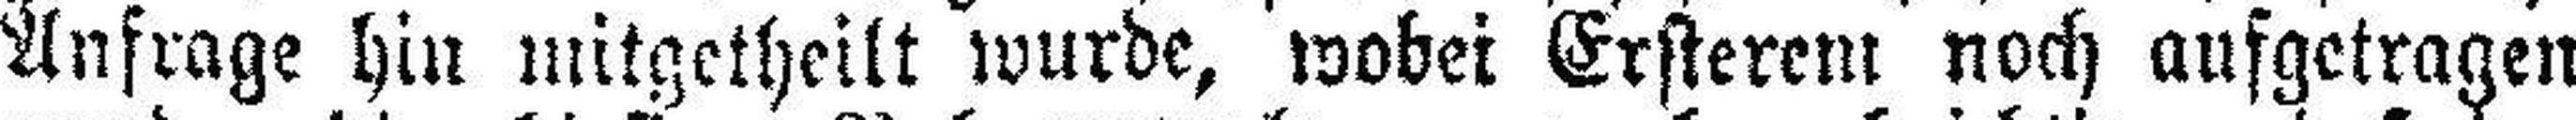
Anfrage hin mitgetheilt wurde, wobei Ersterem noch aufgetragen